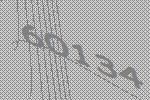
60134